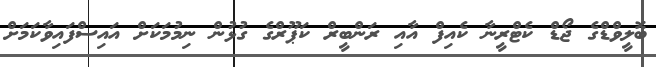
ބޮލީވްޑްގެ ޖޯޑް ކެޓްރީނާ ކެއިފް އާއި ރަންބީރް ކަޕޫރްގެ ގުޅުން ނިމުމަކަށް އައިސްފައިވާކަމަށް